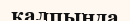
калпында